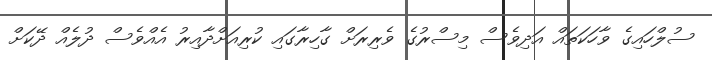
ސުލްހައިގެ ވާހަކަތައް އަދިވެސް މިސްރުގެ ވެރިރަށް ގާހިރާގައި ކުރިއަށްދާއިރު އެއްވެސް ދުލެއް ދޭކަށް